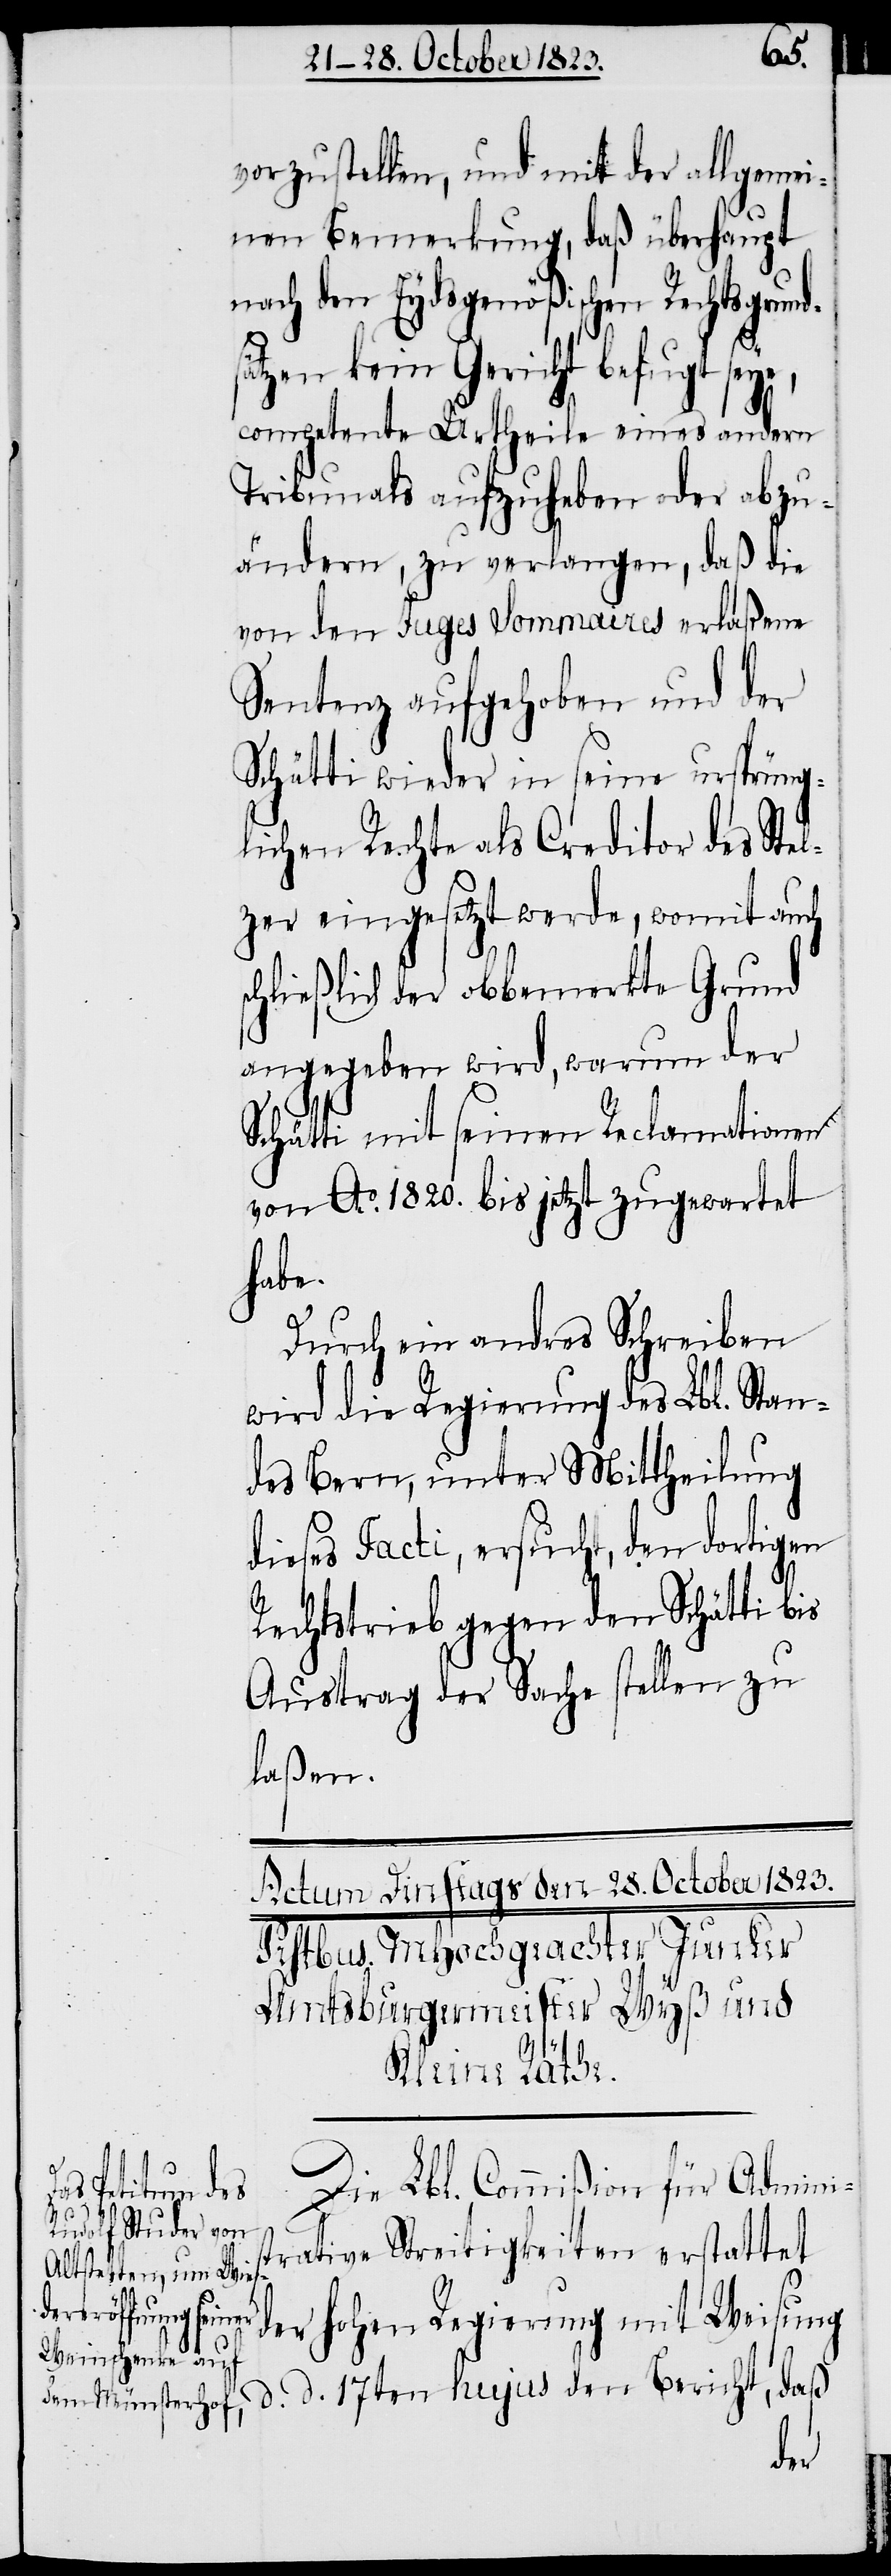
s¬
vorzustellen, und mit der allgemei¬
nen Bemerkung, daß überhaupt
nach den Eydsgenößischen Rechtsgrun¬
ätzen kein Gericht befugt seye,
competente Urtheile eines andern
Tribunals aufzuheben oder abzu¬
ändern, zu verlangen, daß die
von den Juges Sommaires erlaßene
Sentenz aufgehoben und der
Schätti wieder in seine ursprüng¬
lichen Rechte als Creditor des Stel¬
zer eingesetzt werde, womit auch
schließlich der obbemerkte Grund
angegeben wird, warum der
Schätti mit seinen Reclamationen
von Ao. 1820. bis jetzt zugewartet
habe.
Durch ein andres Schreiben
wird die Regierung des Lbl. Stan¬
des Bern, unter Mittheilung
dieses Facti, ersucht, den dortigen
Rechtstrieb gegen den Schätti bis
Austrag der Sache stellen zu
laßen.
d.
Die Lbl. Commißion für Admini¬
Bericht, daß
trative Streitigkeiten erstattet
der hohen Regierung mit Weisung
den